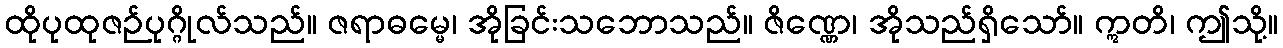
ထိုပုထုဇဉ်ပုဂ္ဂိုလ်သည်။ ဇရာဓမ္မေ၊ အိုခြင်းသဘောသည်။ ဇိဏ္ဏေ၊ အိုသည်ရှိသော်။ ဣတိ၊ ဤသို့။